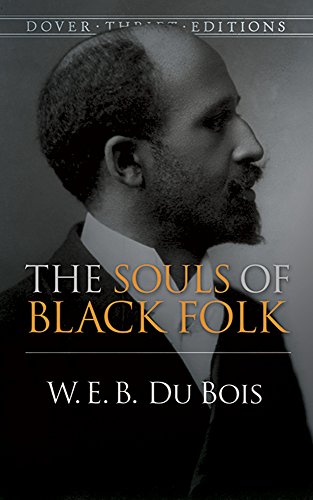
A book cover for The Souls of Black Folk (Dover Thrift Editions); W. E. B. Du Bois; Literature & Fiction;